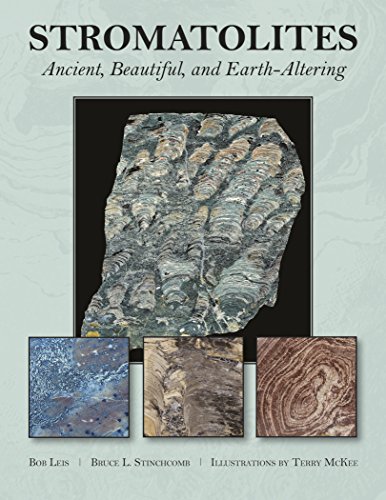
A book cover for Stromatolites: Ancient, Beautiful, and Earth-Altering; R. J. Leis; Science & Math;